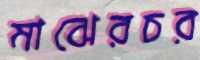
মাঝেরচর